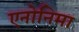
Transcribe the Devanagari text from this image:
एनोनिमा